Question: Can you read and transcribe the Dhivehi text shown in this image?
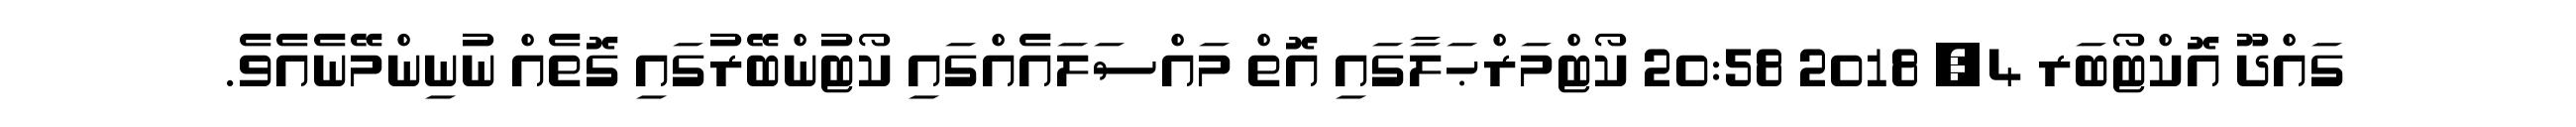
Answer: ގައްދޫ އޮކްޓޯބަރ 4, 2018 20:58 ކޯޓްމަރްޙަލާގައި އޮތް މައްސަލައެއްގައި ކޯޓުންބޭރުގައި ގޮތެއް ނުނިންމޭނެއެވެ.